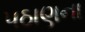
પઠાણના